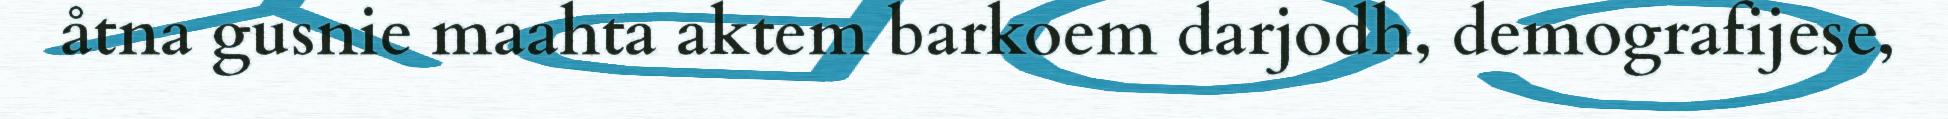
åtna gusnie maahta aktem barkoem darjodh, demografijese,